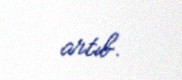
artıb.